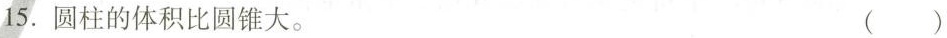
15.圆柱的体积比圆锥大。 ()